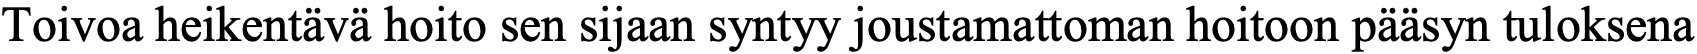
Toivoa heikentävä hoito sen sijaan syntyy joustamattoman hoitoon pääsyn tuloksena